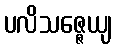
ပလိသဇ္ဇေယျ